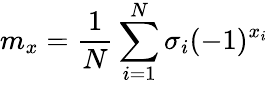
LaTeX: m_{x}=\frac{1}{N}\sum_{i=1}^{N}\sigma_{i}(-1)^{x_{i}}